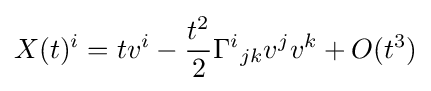
X(t)^{i}=tv^{i}-{\frac {t^{2}}{2}}\Gamma ^{i}{}_{jk}v^{j}v^{k}+O(t^{3})